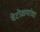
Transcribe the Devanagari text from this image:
वेटोळ्यांचा